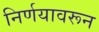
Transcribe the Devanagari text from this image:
निर्णयावरून